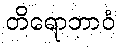
တိရောဘာဝံ